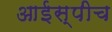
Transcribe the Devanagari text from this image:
आईस्पीच